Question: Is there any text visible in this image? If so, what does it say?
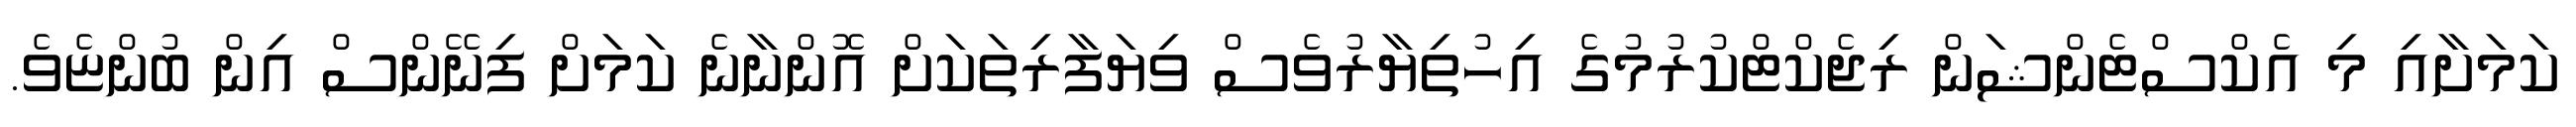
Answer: ކަމަށާއި މި އެކްސްޓެންޝަން ރިޖެކްޓްކުރުމުގެ އިހުތިޔާރުވެސް ވިޔަފާރިތަކަށް އޮންނާނެ ކަމަށް ފިނޭންސް އިން ބުންޏެވެ.